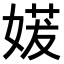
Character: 𫱈